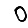
Digit: 0